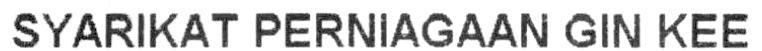
SYARIKAT PERNIAGAAN GIN KEE